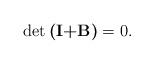
LaTeX: \begin{align*}\det \textbf{(I+B)} =0.\end{align*}